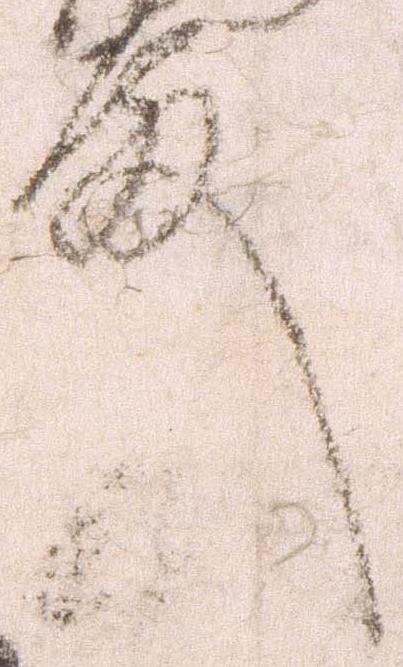
殿